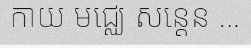
កាយ មជ្ឈេ សន្តេន ...